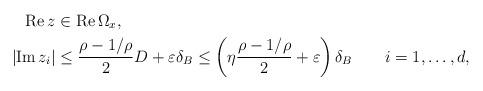
LaTeX: \begin{align*}\operatorname*{Re} z &\in \operatorname*{Re}\Omega_x,\\\left| \operatorname*{Im} z_i \right|&\leq \frac{\rho - 1/\rho}{2} D + \varepsilon \delta_B \leq \left(\eta \frac{\rho - 1/\rho}{2} + \varepsilon\right)\delta_B\qquad i=1,\ldots,d,\end{align*}